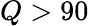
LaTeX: Q>90